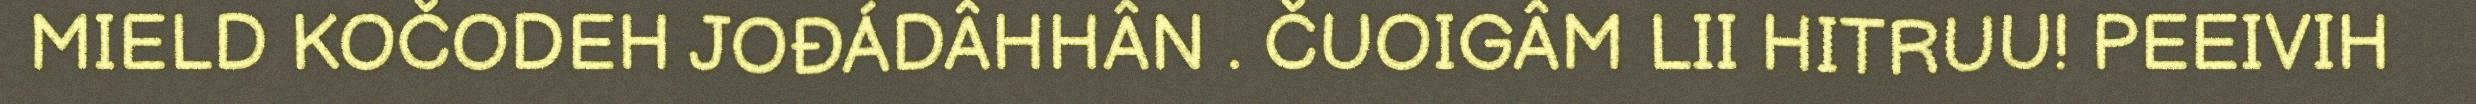
MIELD KOČODEH JOĐÁDÂHHÂN . ČUOIGÂM LII HITRUU! PEEIVIH